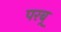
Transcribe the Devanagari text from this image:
परब्र्